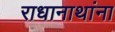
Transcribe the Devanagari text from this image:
राधानाथांना